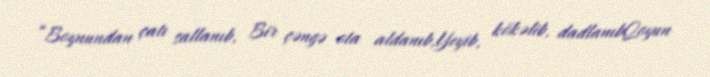
“Boynundan çatı sallanıb, Bir çəngə ota aldanıb,Yeyib, kökəlib, dadlanıbQoyun